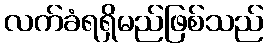
လက်ခံရရှိမည်ဖြစ်သည်